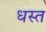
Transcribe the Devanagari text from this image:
धस्त